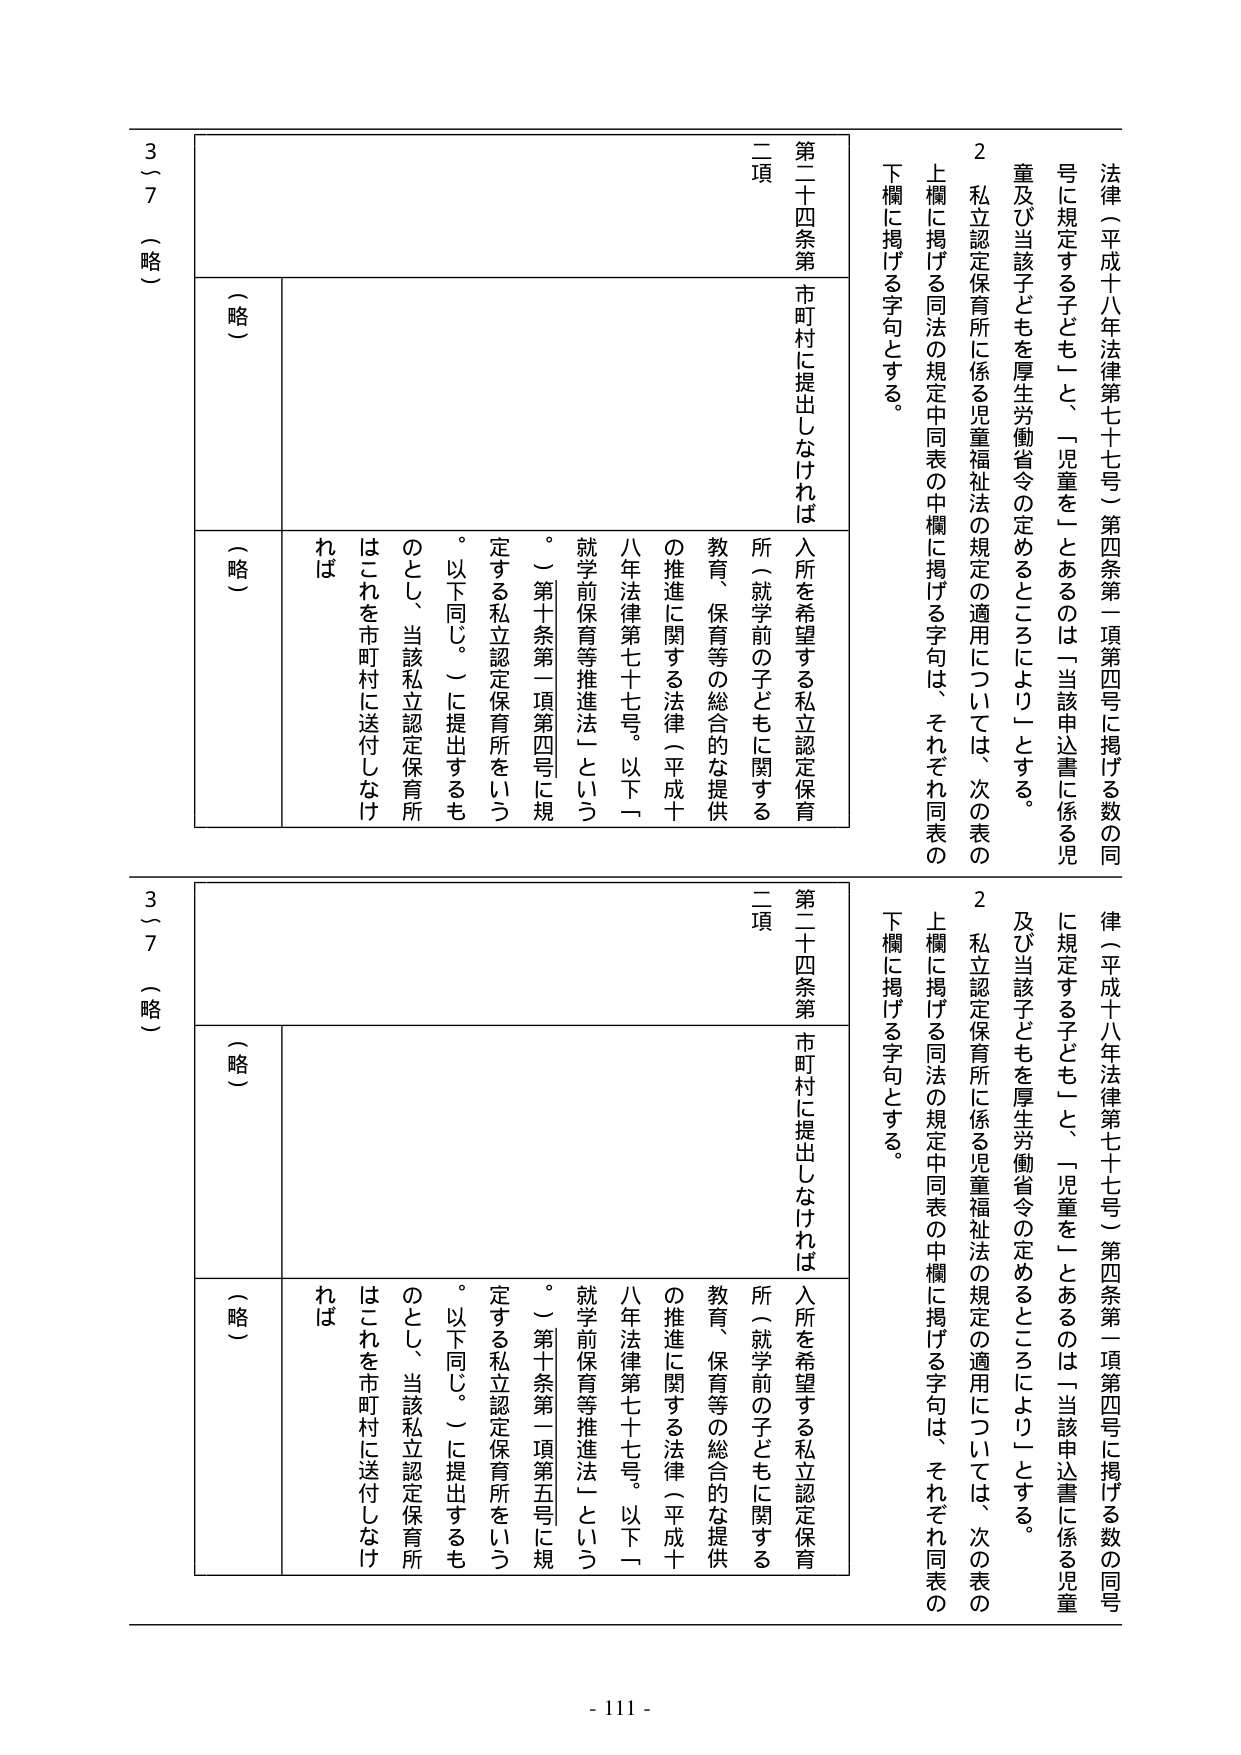
法（平成十八年法律第七十七号）第四条第一項第四号に掲げる数の同号に規定する子ども」と、「児童を」とあるのは「当該申込書に係る児童及び当該子どもを厚生労働省令の定めるところにより」とする。

２ 私立認定保育所に係る児童福祉法の規定の適用については、次の表の上欄に掲げる同法の規定中同表の中欄に掲げる字句は、それぞれ同表の下欄に掲げる字句とする。

第二十四条第二項
市町村に提出しなければ
入所を希望する私立認定保育所（就学前の子どもに関する教育、保育等の総合的な提供の推進に関する法律（平成十八年法律第七十七号。以下「就学前保育等推進法」という。）第十条第一項第四号に規定する私立認定保育所をいう。以下同じ。）に提出するものとし、当該私立認定保育所はこれを市町村に送付しなければ

（略）
（略）
3～7（略）

法（平成十八年法律第七十七号）第四条第一項第四号に掲げる数の同号に規定する子ども」と、「児童を」とあるのは「当該申込書に係る児童及び当該子どもを厚生労働省令の定めるところにより」とする。

２ 私立認定保育所に係る児童福祉法の規定の適用については、次の表の上欄に掲げる同法の規定中同表の中欄に掲げる字句は、それぞれ同表の下欄に掲げる字句とする。

第二十四条第二項
市町村に提出しなければ
入所を希望する私立認定保育所（就学前の子どもに関する教育、保育等の総合的な提供の推進に関する法律（平成十八年法律第七十七号。以下「就学前保育等推進法」という。）第十条第一項第五号に規定する私立認定保育所をいう。以下同じ。）に提出するものとし、当該私立認定保育所はこれを市町村に送付しなければ

（略）
（略）
3～7（略）

- 111 -